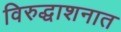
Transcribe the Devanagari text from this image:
विरुद्धाशनात